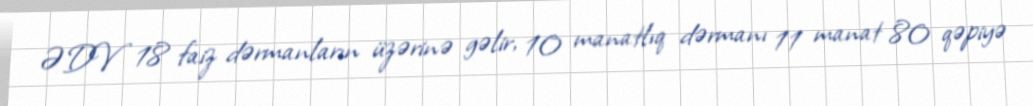
ƏDV 18 faiz dərmanların üzərinə gəlir, 10 manatlıq dərmanı 11 manat 80 qəpiyə